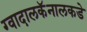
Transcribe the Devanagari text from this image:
ग्वादालकॅनालकडे